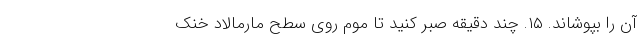
آن را بپوشاند. ۱۵. چند دقیقه صبر کنید تا موم روی سطح مارمالاد خنک